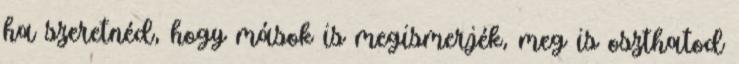
ha szeretnéd, hogy mások is megismerjék, meg is oszthatod